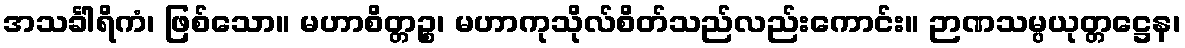
အသင်္ခါရိကံ၊ ဖြစ်သော။ မဟာစိတ္တဉ္စ၊ မဟာကုသိုလ်စိတ်သည်လည်းကောင်း။ ဉာဏသမ္ပယုတ္တဋ္ဌေန၊